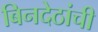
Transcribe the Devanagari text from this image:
बिनदेठांची